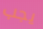
يجب